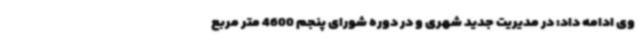
وی ادامه داد: در مدیریت جدید شهری و در دوره شورای پنجم 4600 متر مربع